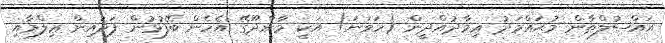
އައްސުލްޠާން މުޙައްމަދު ޢިމާދުއްދީން (ހަވަނަ) އަކީ މާންދޫގޭ އެހެން ބޭފުޅުން ފަދައިން ޢިލްމާއި